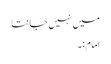
میں نہیں جانتا
امام:۔